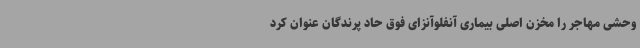
وحشی مهاجر را مخزن اصلی بیماری آنفلوآنزای فوق حاد پرندگان عنوان کرد